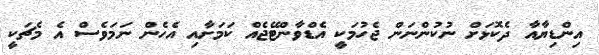
އިންޑިޔާއާ ދެކޮޅަށް ނުކުންނަން ޖެހުމަކީ އެޑްވާންޓޭޖެއް ކަމަށާއި އެހެން ނަމަވެސް އެ މެޗަކީ